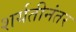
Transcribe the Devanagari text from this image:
शर्यतीनंतर